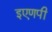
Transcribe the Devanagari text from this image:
इएणपी